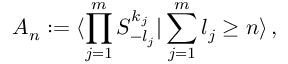
{ \cal A } _ { n } : = \langle \prod _ { j = 1 } ^ { m } S _ { - l _ { j } } ^ { k _ { j } } | \sum _ { j = 1 } ^ { m } l _ { j } \geq n \rangle \, ,